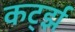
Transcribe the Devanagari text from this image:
कर्ट्झ